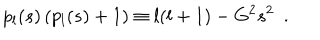
LaTeX: p _ { l } ( s ) \left( p _ { l } ( s ) + 1 \right) \equiv l ( l + 1 ) - G ^ { 2 } s ^ { 2 } ~ ~ .